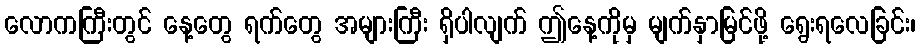
လောကကြီးတွင် နေ့တွေ ရက်တွေ အများကြီး ရှိပါလျက် ဤနေ့ကိုမှ မျက်နှာမြင်ဖို့ ရွေးရလေခြင်း၊